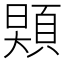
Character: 𩓌